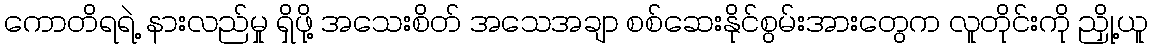
ကောတိရရဲ့ နားလည်မှု ရှိဖို့ အသေးစိတ် အသေအချာ စစ်ဆေးနိုင်စွမ်းအားတွေက လူတိုင်းကို ညှို့ယူ